Document type: Sale
Year: 1461
Scribe: [Unknown]
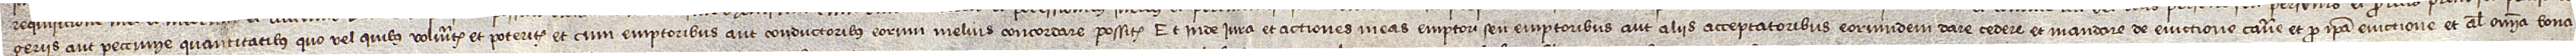
geriis aut peccunie quantitatibus quo vel quibus volueritis et poteritus et cum emptoribus aut conductoribus eorum melius concordare possitis, et inde iura et actiones meas emptori seu emptoribus aut aliis acceptatoribus eorumdem dare, cedere et mandare, de evictione cavere et pro ipsa evictione et alia omnia bona